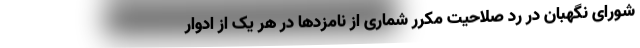
شورای نگهبان در ردّ صلاحیت مکرّر شماری از نامزدها در هر یک از ادوار